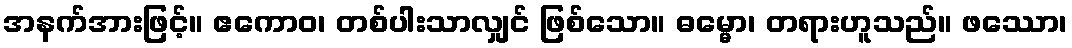
အနက်အားဖြင့်။ ဧကောဝ၊ တစ်ပါးသာလျှင် ဖြစ်သော။ ဓမ္မော၊ တရားဟူသည်။ ဖဿော၊